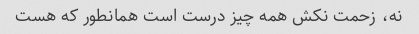
نه، زحمت نکش همه چیز درست است همانطور که هست